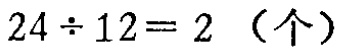
\(24\div12 = 2 \text{（个）}\)